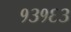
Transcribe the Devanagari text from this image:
१३१६३